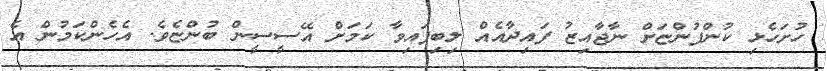
ހުށަހެޅި ކުންފުންޏަށް ނާޖާއިޒު ފައިދާއެއް ލިބިފައިވާ ކަމަށް އޭސީސީން ބުންޏެވެ. އެހެންކަމުން އެ